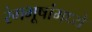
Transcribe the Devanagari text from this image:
रंगभूषांमध्ये